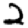
Digit: 2